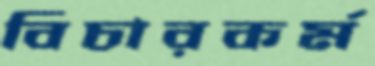
বিচারকর্ম